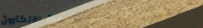
محل بيع الأجهزة الإلكترون